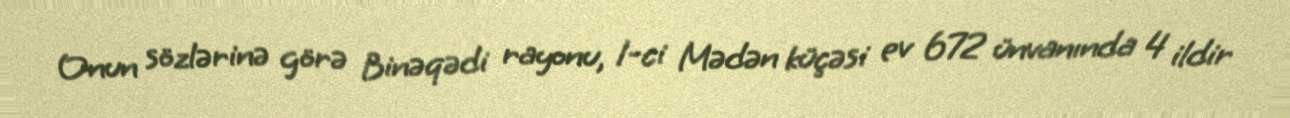
Onun sözlərinə görə Binəqədi rayonu, 1-ci Mədən küçəsi ev 672 ünvanında 4 ildir